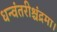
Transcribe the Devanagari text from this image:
धन्वंतरीश्चंद्रमा।